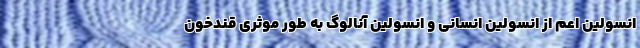
انسولین اعم از انسولین انسانی و انسولین آنالوگ به طور موثری قندخون